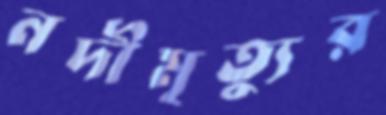
নদীমৃত্যুর